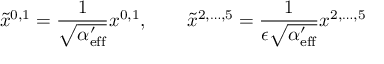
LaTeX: \tilde { x } ^ { 0 , 1 } = \frac { 1 } { \sqrt { \alpha _ { \mathrm { e f f } } ^ { \prime } } } x ^ { 0 , 1 } , \qquad \tilde { x } ^ { 2 , \ldots , 5 } = \frac { 1 } { \epsilon \sqrt { \alpha _ { \mathrm { e f f } } ^ { \prime } } } x ^ { 2 , \ldots , 5 }